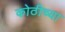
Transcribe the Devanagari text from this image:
कोठीच्या